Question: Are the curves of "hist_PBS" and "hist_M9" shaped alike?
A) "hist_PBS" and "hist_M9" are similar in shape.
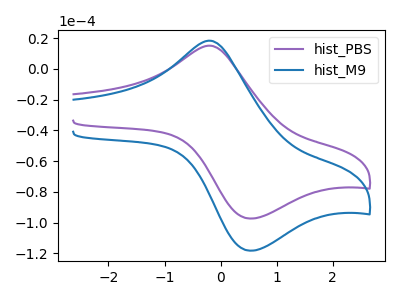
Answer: <think>The purple curve "hist_PBS" has an anodic peak at (-0.20V, 15.00uA) and a cathodic peak at (0.50V, -97.25uA). The blue curve "hist_M9" has an anodic peak at (-0.20V, 18.25uA) and a cathodic peak at (0.50V, -118.15uA).
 All the peaks in "hist_PBS" have a peak in "hist_M9" at the same potential. Every peak in "hist_PBS" is lower than every peak in "hist_M9".</think>
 <answer>A) "hist_PBS" and "hist_M9" are similar in shape.</answer>
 <eval>A</eval>